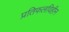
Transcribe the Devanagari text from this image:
प्रतिफलविहीन